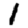
Digit: 1